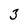
Character: 3